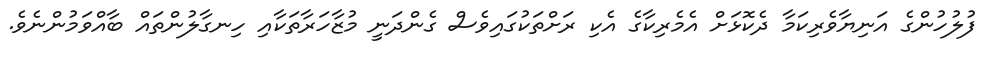
ފުލުހުންގެ އަނިޔާވެރިކަމާ ދެކޮޅަށް އެމެރިކާގެ އެކި ރަށްތަކުގައިވެސް ގެންދަނީ މުޒާހަރާތަކާއި ހިނގާލުންތައް ބާއްވަމުންނެވެ.